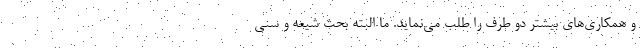
و همکاری‌های بیشتر دو طرف را طلب می‌نماید. ما البته بحث شیعه و سنی